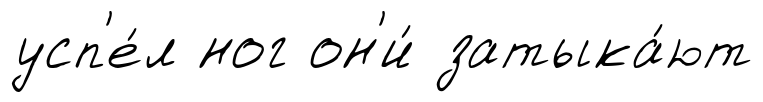
усп'е́л ног он'и́ затыка́ют